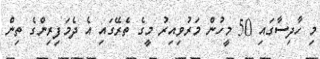
މި ހާދިސާގައި 50 މީހުން މަރުވިއިރު މީގެ ތެރޭގައި އެ ދެމަފިރިންގެ ތިން